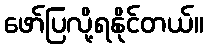
ဖော်ပြလို့ရနိုင်တယ်။